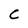
Character: C